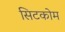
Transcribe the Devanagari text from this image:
सिटकोम